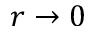
r \to 0